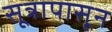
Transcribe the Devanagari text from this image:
सूत्रापासून